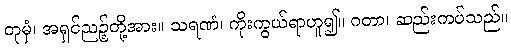
တုမှံ၊ အရှင်ညဉ့်တို့အား။ သရဏံ၊ ကိုးကွယ်ရာဟူ၍။ ဂတာ၊ ဆည်းကပ်သည်။